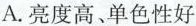
A.亮度高、单色性好